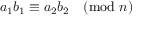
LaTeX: a _ { 1 } b _ { 1 } \equiv a _ { 2 } b _ { 2 } { \pmod { n } }